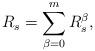
LaTeX: \begin{align*}R_s= \sum_{\beta=0}^m R_s^\beta,\end{align*}